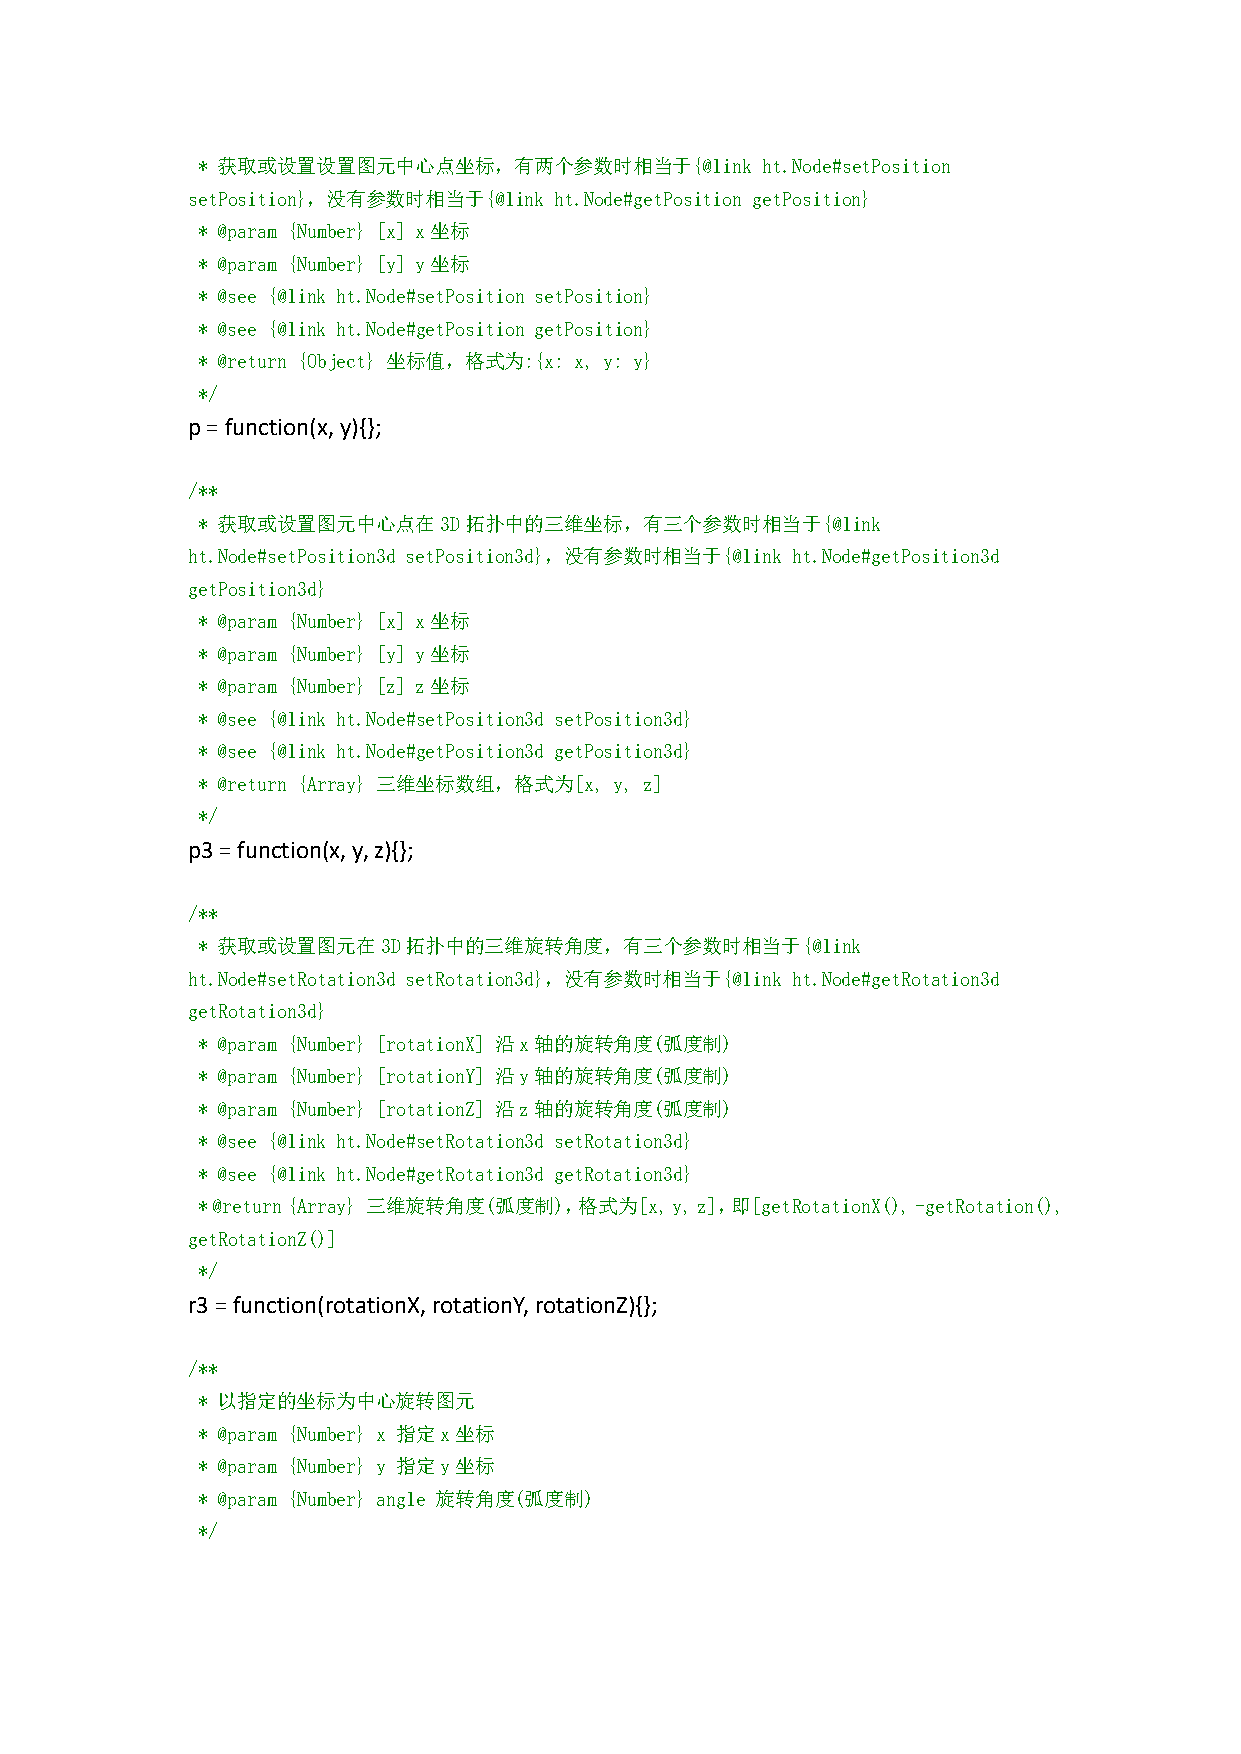
* 获取或设置设置图元中心点坐标，有两个参数时相当于{@link     ht.Node#setPosition
 setPosition}，没有参数时相当于{@link ht.Node#getPosition getPosition}
 * @param {Number} [x] x坐标
 * @param {Number} [y] y坐标
 * @see {@link ht.Node#setPosition setPosition}
 * @see {@link ht.Node#getPosition getPosition}
 * @return {Object} 坐标值，格式为:{x: x, y: y}
 */
 p=function(x,y){};
 /**
 * 获取或设置图元中心点在3D拓扑中的三维坐标，有三个参数时相当于{@link
 ht.Node#setPosition3d setPosition3d}，没有参数时相当于{@link ht.Node#getPosition3d
 getPosition3d}
 * @param {Number} [x] x坐标
 * @param {Number} [y] y坐标
 * @param {Number} [z] z坐标
 * @see {@link ht.Node#setPosition3d setPosition3d}
 * @see {@link ht.Node#getPosition3d getPosition3d}
 * @return {Array} 三维坐标数组，格式为[x, y, z]
 */
 p3=function(x,y,z){};
 /**
 * 获取或设置图元在3D拓扑中的三维旋转角度，有三个参数时相当于{@link
 ht.Node#setRotation3d setRotation3d}，没有参数时相当于{@link ht.Node#getRotation3d
 getRotation3d}
 * @param {Number} [rotationX] 沿x轴的旋转角度(弧度制)
 * @param {Number} [rotationY] 沿y轴的旋转角度(弧度制)
 * @param {Number} [rotationZ] 沿z轴的旋转角度(弧度制)
 * @see {@link ht.Node#setRotation3d setRotation3d}
 * @see {@link ht.Node#getRotation3d getRotation3d}
 *@return{Array} 三维旋转角度(弧度制)，格式为[x,y,z]，即[getRotationX(),-getRotation(),
 getRotationZ()]
 */
 r3=function(rotationX,rotationY,rotationZ){};
 /**
 * 以指定的坐标为中心旋转图元
 * @param {Number} x 指定x坐标
 * @param {Number} y 指定y坐标
 * @param {Number} angle 旋转角度(弧度制)
 */